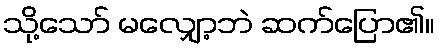
သို့သော် မလျှော့ဘဲ ဆက်ပြော၏။